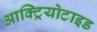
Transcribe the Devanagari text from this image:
आक्ट्रियोटाइड